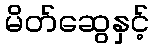
မိတ်ဆွေနှင့်